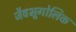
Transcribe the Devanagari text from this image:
जैवभूगोलिक